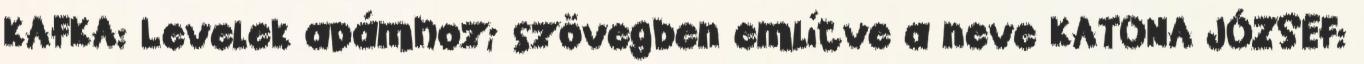
KAFKA: Levelek apámhoz; szövegben említve a neve KATONA JÓZSEF: